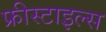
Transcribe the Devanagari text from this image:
फ्रीस्टाइल्स